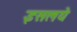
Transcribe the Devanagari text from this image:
इसलये